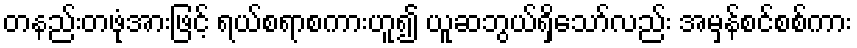
တနည်းတဖုံအားဖြင့် ရယ်စရာစကားဟူ၍ ယူဆဘွယ်ရှိသော်လည်း အမှန်စင်စစ်ကား